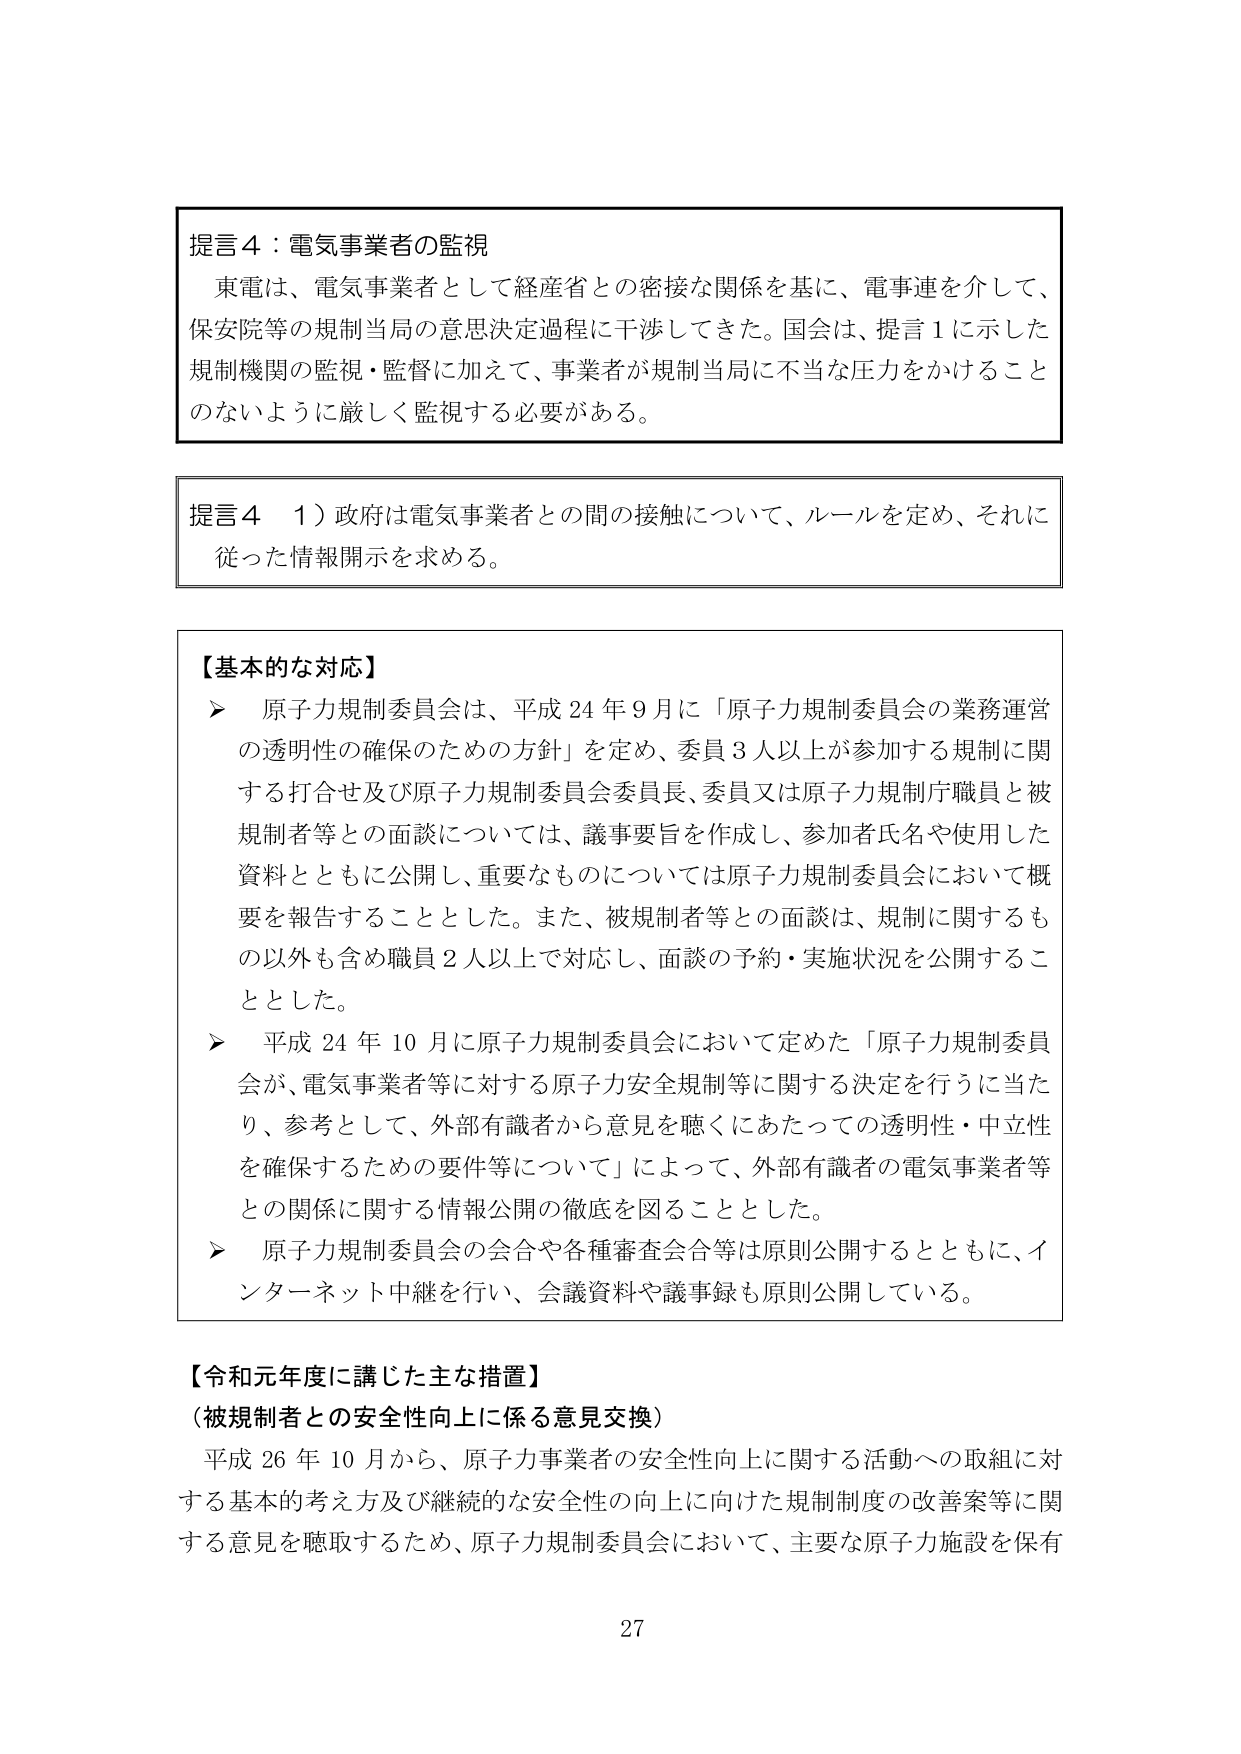
提言４：電気事業者の監視
東電は、電気事業者として経産省との密接な関係を基に、電事連を介して、
保安院等の規制当局の意思決定過程に干渉してきた。国会は、提言１に示した
規制機関の監視・監督に加えて、事業者が規制当局に不当な圧力をかけること
のないように厳しく監視する必要がある。

提言４　１）政府は電気事業者との間の接触について、ルールを定め、それに
従った情報開示を求める。

【基本的な対応】
➤ 原子力規制委員会は、平成24年9月に「原子力規制委員会の業務運営
の透明性の確保のための方針」を定め、委員3人以上が参加する規制に関
する打合せ及び原子力規制委員会委員長、委員又は原子力規制庁職員と被
規制者等との面談については、議事要旨を作成し、参加者氏名や使用した
資料とともに公開し、重要なものについては原子力規制委員会において概
要を報告することとした。また、被規制者等との面談は、規制に関するも
の以外も含め職員2人以上で対応し、面談の予約・実施状況を公開するこ
ととした。
➤ 平成24年10月に原子力規制委員会において定めた「原子力規制委員
会が、電気事業者等に対する原子力安全規制等に関する決定を行うに当た
り、参考として、外部有識者から意見を聴くにあたっての透明性・中立性
を確保するための要件等について」によって、外部有識者の電気事業者等
との関係に関する情報公開の徹底を図ることとした。
➤ 原子力規制委員会の会合や各種審査会合等は原則公開するとともに、イ
ンターネット中継を行い、会議資料や議事録も原則公開している。

【令和元年度に講じた主な措置】
（被規制者との安全性向上に係る意見交換）
平成26年10月から、原子力事業者の安全性向上に関する活動への取組に対
する基本的考え方及び継続的な安全性の向上に向けた規制制度の改善案等に関
する意見を聴取するため、原子力規制委員会において、主要な原子力施設を保有

27